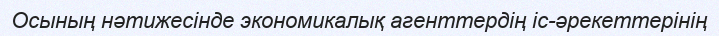
Осының нәтижесінде экономикалық агенттердің іс-әрекеттерінің